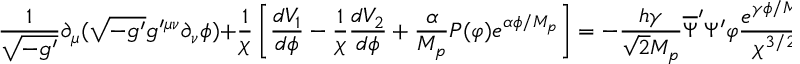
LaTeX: \frac { 1 } { \sqrt { - g ^ { \prime } } } \partial _ { \mu } ( \sqrt { - g ^ { \prime } } g ^ { \prime \mu \nu } \partial _ { \nu } \phi ) + \frac { 1 } { \chi } \left[ \frac { d V _ { 1 } } { d \phi } - \frac { 1 } { \chi } \frac { d V _ { 2 } } { d \phi } + \frac { \alpha } { M _ { p } } P ( \varphi ) e ^ { \alpha \phi / M _ { p } } \right] = - \frac { h \gamma } { \sqrt { 2 } M _ { p } } \overline { { { \Psi } } } ^ { \prime } \Psi ^ { \prime } \varphi \frac { e ^ { \gamma \phi / M _ { p } } } { \chi ^ { 3 / 2 } } ;